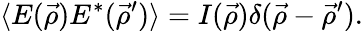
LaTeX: \langle E(\vec{\rho})E^{*}(\vec{\rho}^{\prime})\rangle=I(\vec{\rho})\delta(\vec{\rho}-\vec{\rho}^{\prime}).